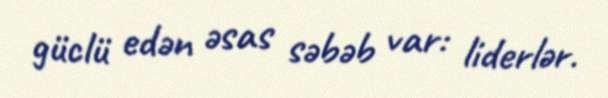
güclü edən əsas səbəb var: liderlər.